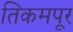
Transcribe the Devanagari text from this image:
तिकमपूर